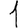
Digit: 1